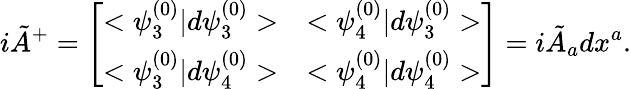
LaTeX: i{\tilde{A}}^{+}=\left[\begin{array}{ll}{{<\psi_{3}^{(0)}|d\psi_{3}^{(0)}>}}&{{<\psi_{4}^{(0)}|d\psi_{3}^{(0)}>}}\\ {{<\psi_{3}^{(0)}|d\psi_{4}^{(0)}>}}&{{<\psi_{4}^{(0)}|d\psi_{4}^{(0)}>}}\end{array}\right]=i{\tilde{A}}_{a}dx^{a}.